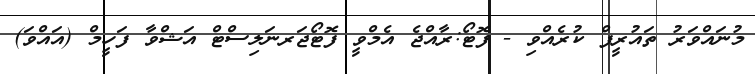
މުނައްވަރު ތައުރީފް ކުރެއްވި - ފޮޓޯ:ރާއްޖެ އެމްވީ ފޮޓޯޖަރނަލިސްޓް އަޝްވާ ފަހީމް (އައްވަ)